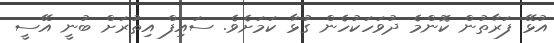
އުޅޭ ފަރާތުން ކޮންމެ ދުވަހަކުހެން ގުޅާ ކަމަށެވެ. ސައިފް އިތުރަށް ބުނީ އޭސީ